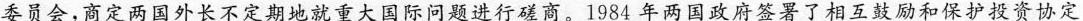
委员会，商定两国外长不定期地就重大国际问题进行磋商。1984年两国政府签署了相互鼓励和保护投资协定